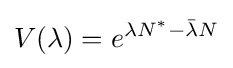
V(\lambda )=e^{\lambda N^{*}-{\bar {\lambda }}N}